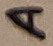
Text: A